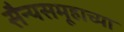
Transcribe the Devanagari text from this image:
सैन्यसमूहाच्या